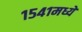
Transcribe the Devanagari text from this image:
१५४१मध्ये